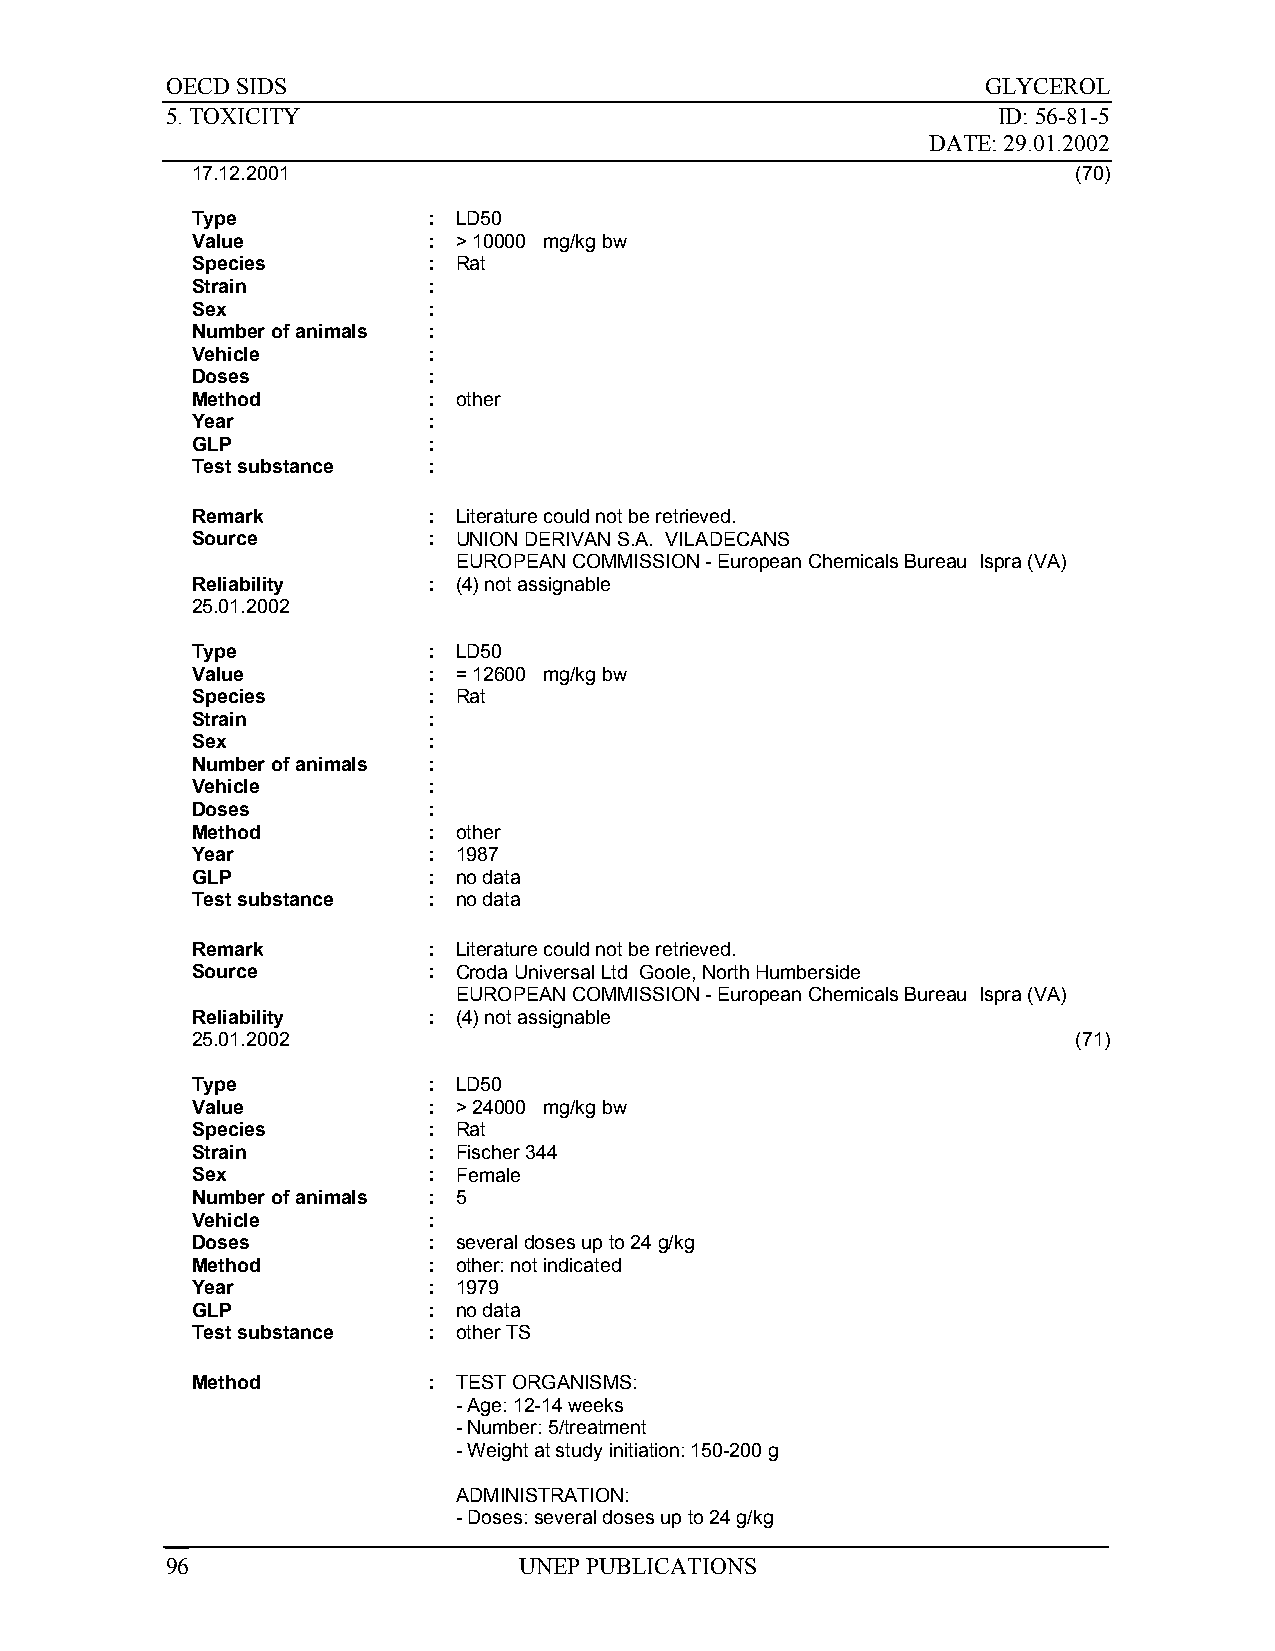
OECD SIDS                                             GLYCEROL
 5. TOXICITY                                            ID: 56-81-5
 DATE: 29.01.2002
 17.12.2001                                                (70)
 Type           : LD50
 Value          : > 10000 mg/kg bw
 Species        : Rat
 Strain         :
 Sex            :
 Number of animals :
 Vehicle        :
 Doses          :
 Method         : other
 Year           :
 GLP            :
 Test substance :
 Remark         : Literature could not be retrieved.
 Source         : UNION DERIVAN S.A. VILADECANS
 EUROPEAN COMMISSION - European Chemicals Bureau Ispra (VA)
 Reliability    : (4) not assignable
 25.01.2002
 Type           : LD50
 Value          : = 12600 mg/kg bw
 Species        : Rat
 Strain         :
 Sex            :
 Number of animals :
 Vehicle        :
 Doses          :
 Method         : other
 Year           : 1987
 GLP            : no data
 Test substance : no data
 Remark         : Literature could not be retrieved.
 Source         : Croda Universal Ltd Goole, North Humberside
 EUROPEAN COMMISSION - European Chemicals Bureau Ispra (VA)
 Reliability    : (4) not assignable
 25.01.2002                                                (71)
 Type           : LD50
 Value          : > 24000 mg/kg bw
 Species        : Rat
 Strain         : Fischer 344
 Sex            : Female
 Number of animals : 5
 Vehicle        :
 Doses          : several doses up to 24 g/kg
 Method         : other: not indicated
 Year           : 1979
 GLP            : no data
 Test substance : other TS
 Method         : TEST ORGANISMS:
 - Age: 12-14 weeks
 - Number: 5/treatment
 - Weight at study initiation: 150-200 g
 ADMINISTRATION:
 - Doses: several doses up to 24 g/kg
 96                     UNEP PUBLICATIONS